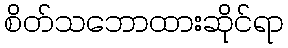
စိတ်သဘောထားဆိုင်ရာ